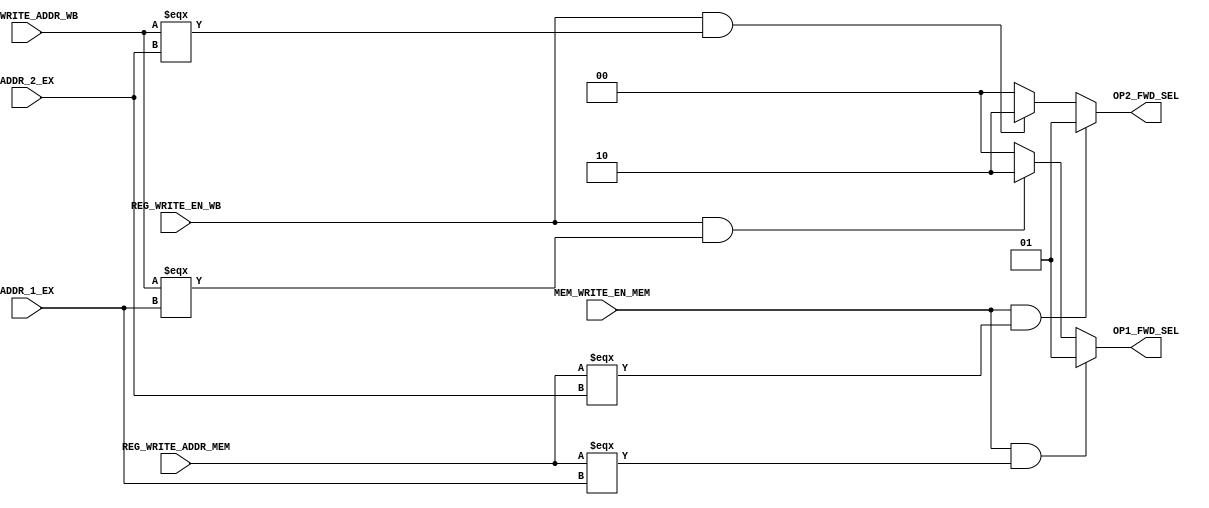
module ex_fwd_unit(
    // inputs
    REG_WRITE_ADDR_MEM,
    MEM_WRITE_EN_MEM,
    REG_WRITE_ADDR_WB,
    REG_WRITE_EN_WB,
    ADDR_1_EX,
    ADDR_2_EX,
    // outputs
    OP1_FWD_SEL,
    OP2_FWD_SEL
);

input MEM_WRITE_EN_MEM, REG_WRITE_EN_WB;
input [4:0] REG_WRITE_ADDR_MEM, REG_WRITE_ADDR_WB;
input [4:0] ADDR_1_EX, ADDR_2_EX;

output reg [1:0] OP1_FWD_SEL, OP2_FWD_SEL;

    always @ (*)
    begin  
        // Forwarding for Operand 1
        if (MEM_WRITE_EN_MEM && REG_WRITE_ADDR_MEM === ADDR_1_EX)
            OP1_FWD_SEL = 2'b01;    // Activate forwarding from MEM stage
        else if (REG_WRITE_EN_WB && REG_WRITE_ADDR_WB === ADDR_1_EX)
            OP1_FWD_SEL = 2'b10;    // Activate forwarding from WB stage
        else
            OP1_FWD_SEL = 2'b00;    // No forwarding

        // Forwarding for Operand 2
        if (MEM_WRITE_EN_MEM && REG_WRITE_ADDR_MEM === ADDR_2_EX)
            OP2_FWD_SEL = 2'b01;    // Activate forwarding from MEM stage
        else if (REG_WRITE_EN_WB && REG_WRITE_ADDR_WB === ADDR_2_EX)
            OP2_FWD_SEL = 2'b10;    // Activate forwarding from WB stage
        else
            OP2_FWD_SEL = 2'b00;    // No forwarding
    end

endmodule